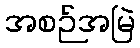
အစဉ်အမြဲ